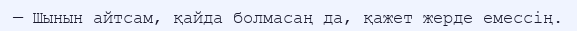
— Шынын айтсам, қайда болмасаң да, қажет жерде емессің.